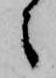
之